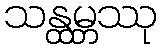
သန္ထမ္ဘဿု